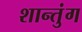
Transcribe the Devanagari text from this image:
शान्तुंग